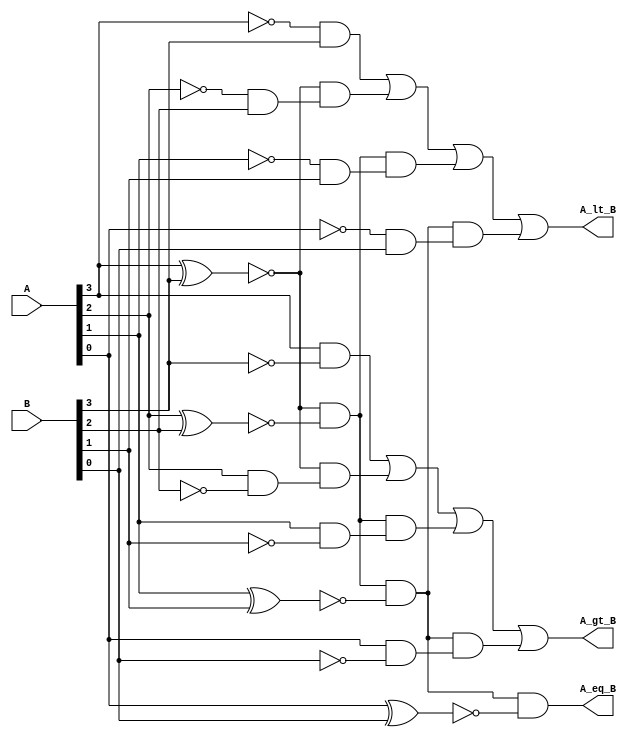
`timescale 1ns / 1ps

module comparator_4bit (
    input [3:0] A,
    input [3:0] B,
    output A_gt_B,
    output A_lt_B,
    output A_eq_B
);
  
wire A3barB3 = ~A[3] & B[3];
wire A3B3bar =  A[3] & ~B[3];
wire A2barB2 = ~A[2] & B[2];
wire A2B2bar =  A[2] & ~B[2];
wire A1barB1 = ~A[1] & B[1];
wire A0barB0 = ~A[0] & B[0];
wire A1B1bar =  A[1] & ~B[1];
wire A0B0bar =  A[0] & ~B[0];

wire X3 = ~(A[3] ^ B[3]);
wire X2 = ~(A[2] ^ B[2]);
wire X1 = ~(A[1] ^ B[1]);
wire X0 = ~(A[0] ^ B[0]);

assign A_eq_B = X3 & X2 & X1 & X0;
assign A_lt_B = A3barB3 | (X3 & A2barB2) | (X3 & X2 & A1barB1) | (X3 & X2 & X1 & A0barB0);
assign A_gt_B = A3B3bar | (X3 & A2B2bar) | (X3 & X2 & A1B1bar) | (X3 & X2 & X1 & A0B0bar);

endmodule